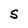
Character: S